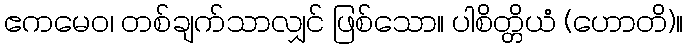
ဧကမေဝ၊ တစ်ချက်သာလျှင် ဖြစ်သော။ ပါစိတ္တိယံ (ဟောတိ)။